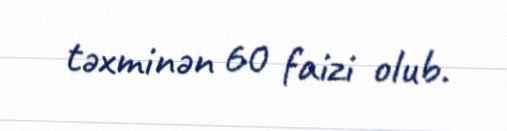
təxminən 60 faizi olub.